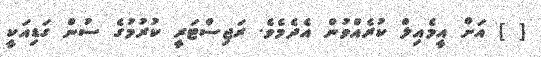
[ ] އަށް އީމެއިލް ކުރެއްވުން އެދެމެވެ. ރަޖިސްޓަރީ ކުރުމުގެ ސުން ގަޑިއަކީ